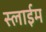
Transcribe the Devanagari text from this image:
स्लाईम